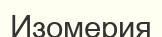
Изомерия